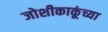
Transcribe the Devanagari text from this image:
जोशीकाकूंच्या